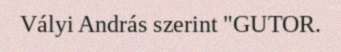
Vályi András szerint "GUTOR.